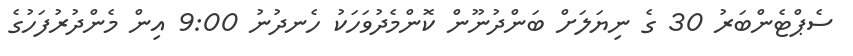
ސެޕްޓެންބަރު 30 ގެ ނިޔަލަށް ބަންދުނޫން ކޮންމެދުވަހަކު ހެނދުނު 9:00 އިން މެންދުރުފަހުގެ